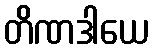
တိဏဒါယေ